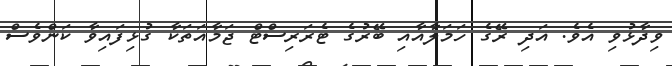
ވިދާޅުވި އެވެ. އަދި ރޭގެ ހަމަލާއާއި ބޭރުގެ ޓެރަރިސްޓް ޖަމާއަތަކާ ގުޅިފައިވާ ކަންވެސް